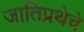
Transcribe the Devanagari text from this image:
जातिप्रथेचे